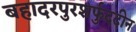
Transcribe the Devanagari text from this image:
बहादरपुरशर्फुददीन